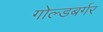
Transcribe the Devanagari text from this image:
गोल्डबर्गर